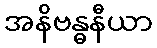
အနိဗန္ဓနီယာ